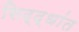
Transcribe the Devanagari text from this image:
सिद्द्धांत